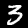
Label: 3